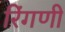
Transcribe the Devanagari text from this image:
रिंगणी